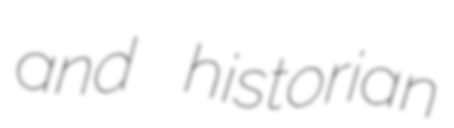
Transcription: and historian